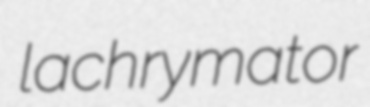
lachrymator